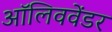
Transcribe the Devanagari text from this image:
ऑलिववेंडर